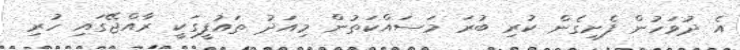
އެ ދުވަހުން ފެށިގެން ކުރި ބުރަ މަސައްކަތުން މިއަދު ތައުފީގަކީ ރާއްޖޭގައި ހުރި